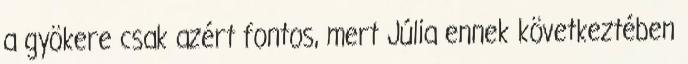
a gyökere csak azért fontos, mert Júlia ennek következtében